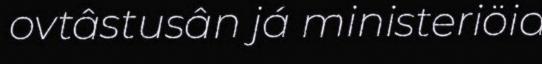
ovtâstusân já ministeriöid